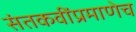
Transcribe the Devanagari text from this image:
संतकवींप्रमाणेच